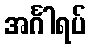
အင်္ဂါရပ်